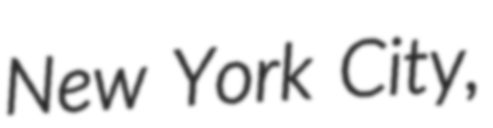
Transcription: New York City,